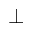
\bot